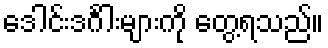
ဒေါင်းဒင်္ဂါးများကို တွေ့ရသည်။